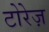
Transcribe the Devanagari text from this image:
टोरेज़